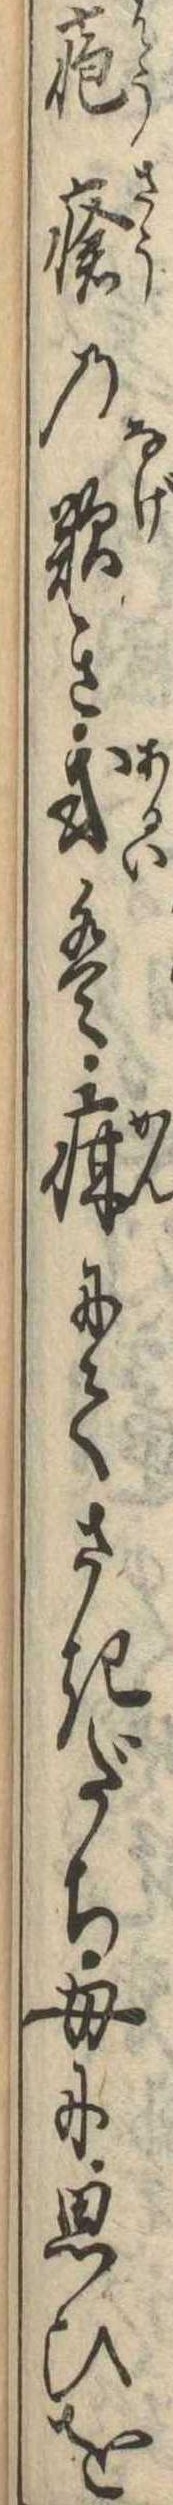
疱瘡の歎き或は疳にてさきだち母に思ひを